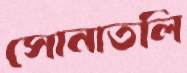
সোনাতলি